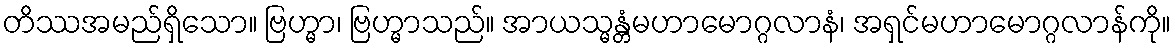
တိဿအမည်ရှိသော။ ဗြဟ္မာ၊ ဗြဟ္မာသည်။ အာယသ္မန္တံမဟာမောဂ္ဂလာနံ၊ အရှင်မဟာမောဂ္ဂလာန်ကို။